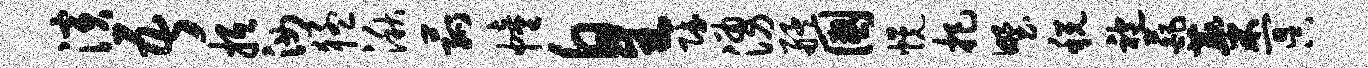
演吾抵汝猛湫菰幢皇赋涌艋国幌把野税袍葩麋冥